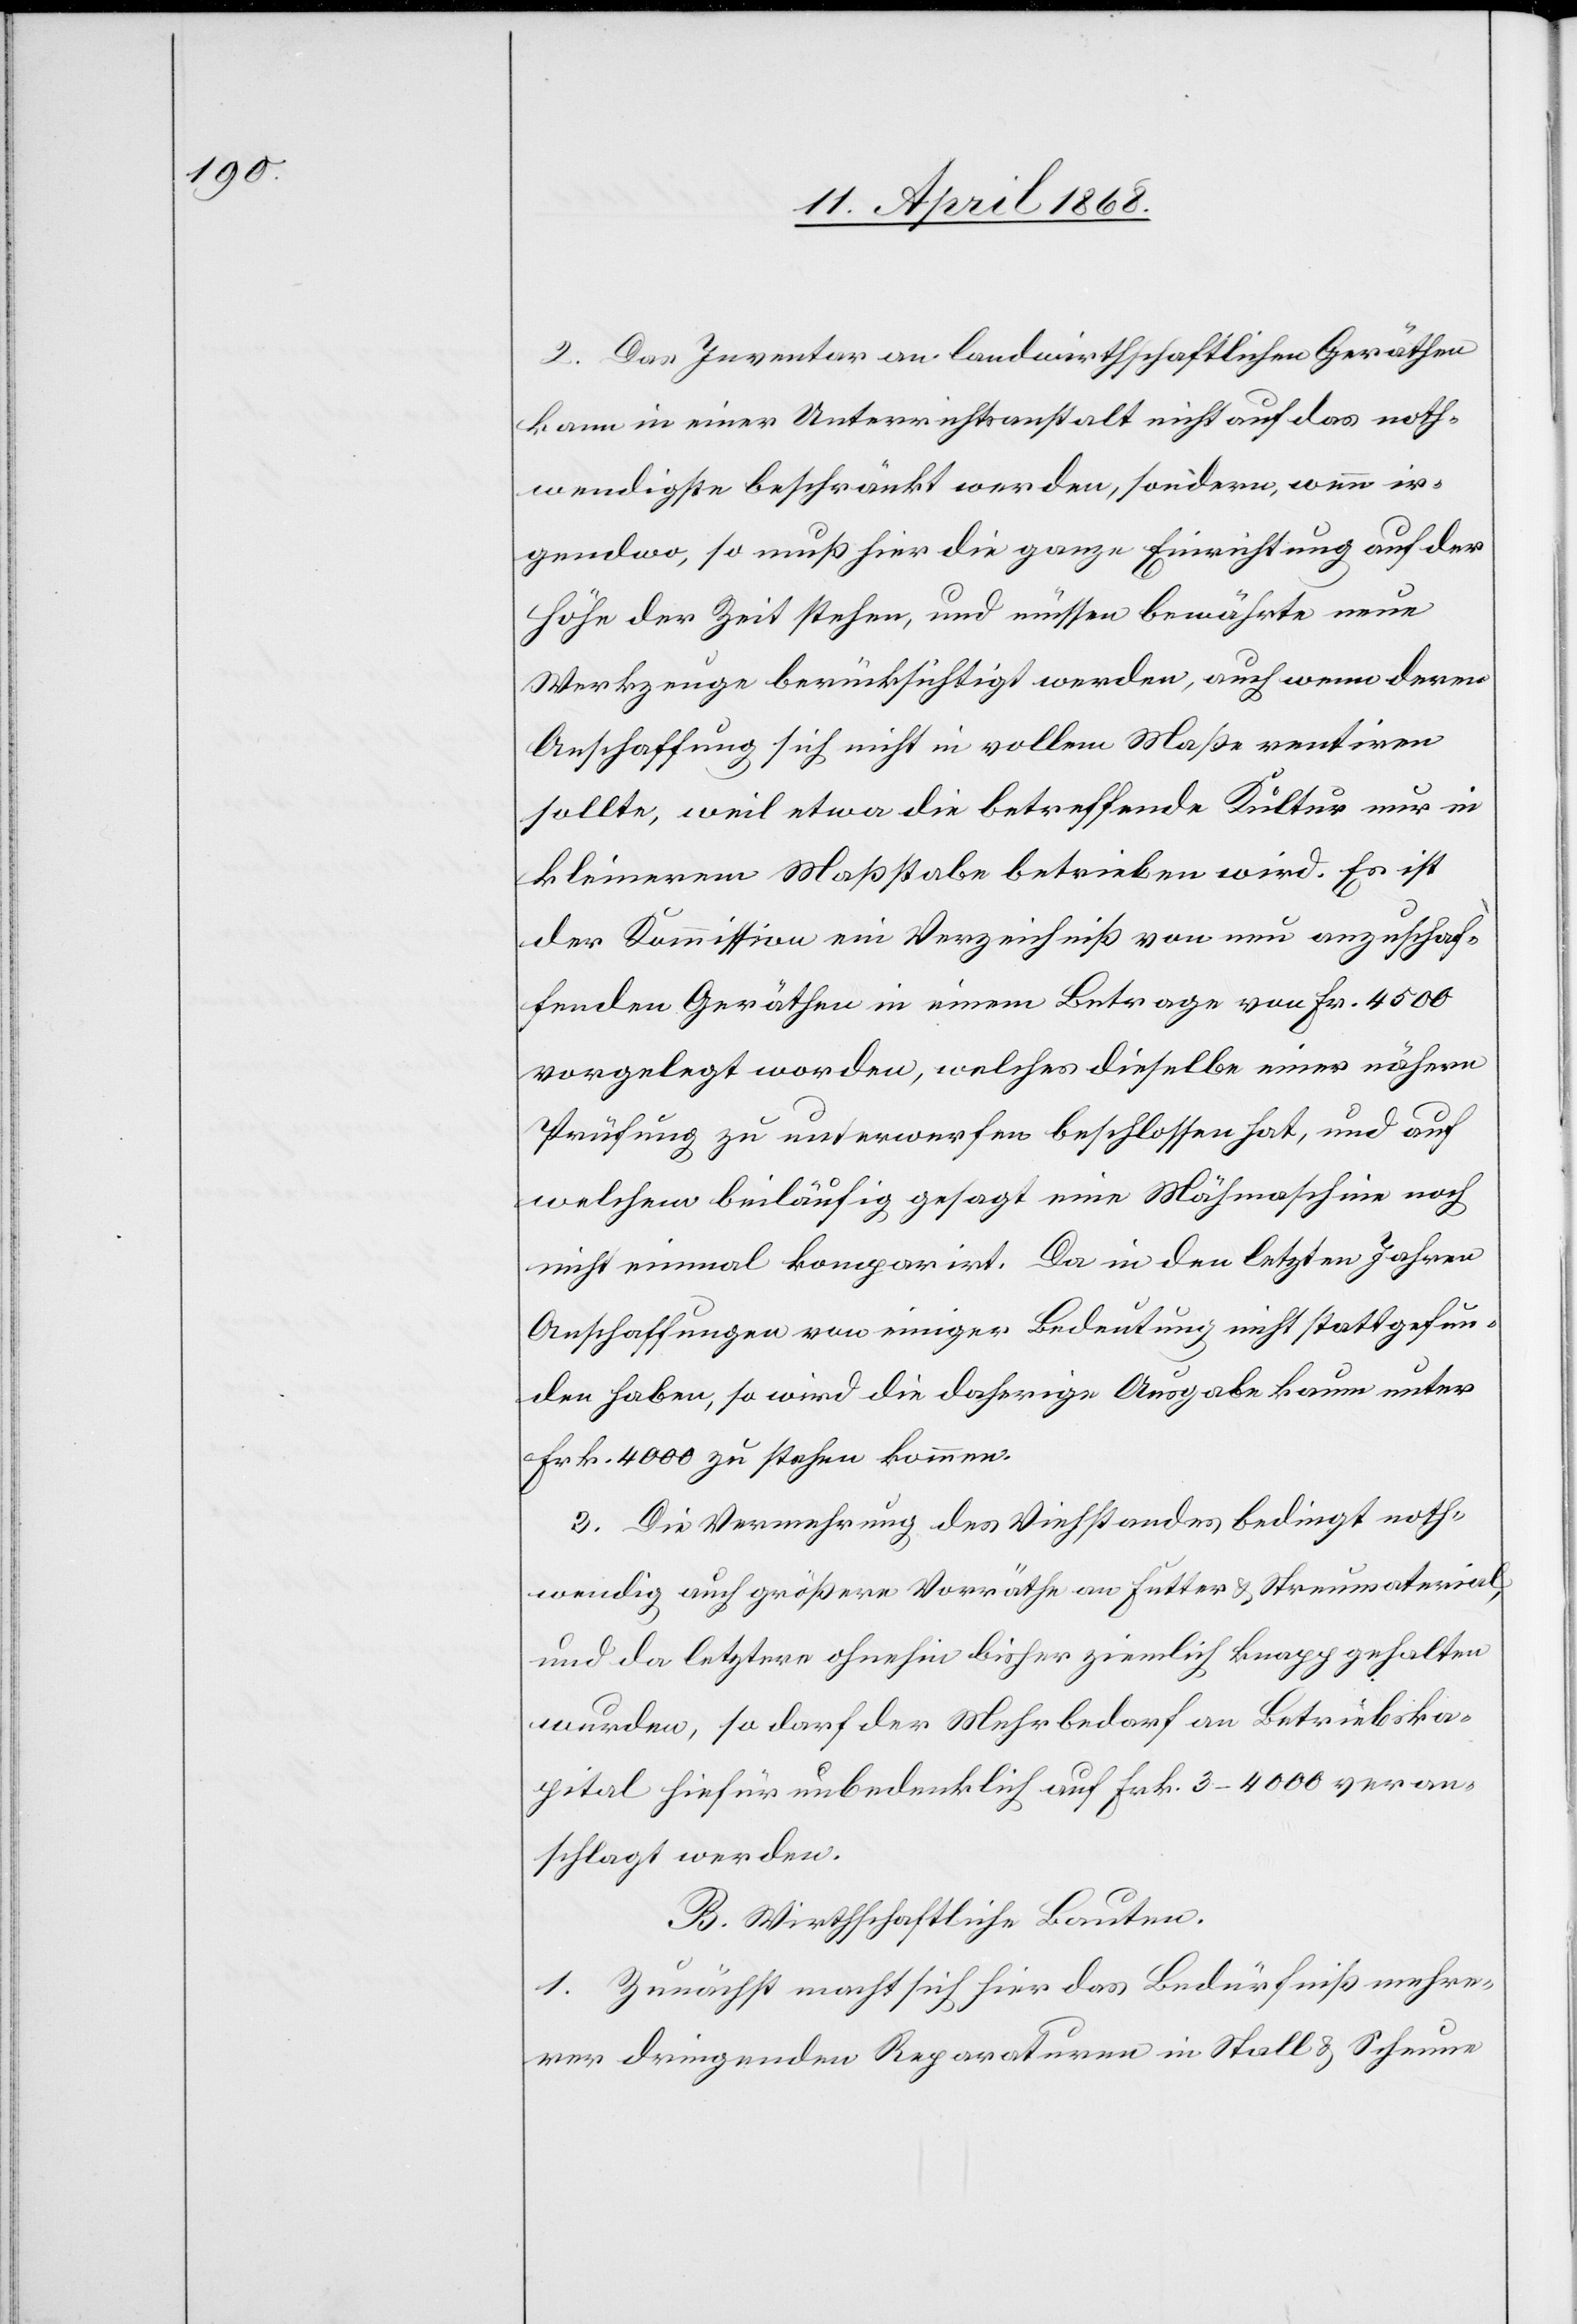
2. Das Inventar an landwirthschaftlichen Geräthen
kann in einer Unterrichtsanstalt nicht auf das noth¬
wendigste beschränkt werden, sondern, wenn ir¬
gendwo, so muß hier die ganze Einrichtung auf der
Höhe der Zeit stehen, und müssen bewährte neue
Werkzeuge berücksichtigt werden, auch wenn deren
Anschaffung sich nicht in vollem Maße rentiren
sollte, weil etwa die betreffende Kultur nur in
kleinerem Maßstabe betrieben wird. Es ist
der Kommission ein Verzeichniß von neu anzuschaf¬
fenden Geräthen in einem Betrage von Fr. 4500
vorgelegt worden, welches dieselbe einer nähern
Prüfung zu unterwerfen beschlossen hat, und auf
welchem beiläufig gesagt eine Mähmaschine noch
nicht einmal komparirt. Da in den letzten Jahren
Anschaffungen von einiger Bedeutung nicht stattgefun¬
den haben, so wird die daherige Ausgabe kaum unter
Frk. 4000 zu stehen kommen.
3. Die Vermehrung des Viehstandes bedingt noth¬
wendig auch größere Vorräthe an Futter & Streumaterial,
und da letztere ohnehin bisher ziemlich knapp gehalten
wurden, so darf der Mehrbedarf an Betriebska¬
pital hiefür unbedenklich auf Frk. 3–4000 veran¬
schlagt werden.
B. Wirthschaftliche Bauten.
1. Zunächst macht sich hier das Bedürfniß mehre¬
rer dringenden Reparaturen in Stall & Scheune